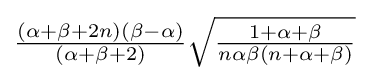
{\tfrac {(\alpha +\beta +2n)(\beta -\alpha )}{(\alpha +\beta +2)}}{\sqrt {\tfrac {1+\alpha +\beta }{n\alpha \beta (n+\alpha +\beta )}}}\!